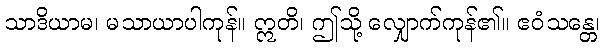
သာဒိယာမ၊ မသာယာပါကုန်။ ဣတိ၊ ဤသို့ လျှောက်ကုန်၏။ ဧဝံသန္တေ၊